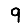
Digit: 9